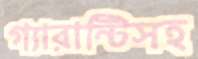
গ্যারান্টিসহ